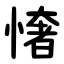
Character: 㦋